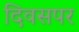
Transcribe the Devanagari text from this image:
दिवसपर